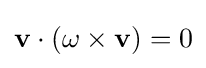
{\bf {v}}\cdot (\omega \times {\bf {v}})=0